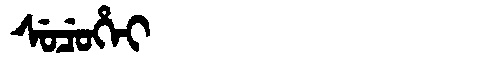
Manchu: ᠰᡠᠴᡠᡥᡝᡳ
Romanization: SUCUHEI